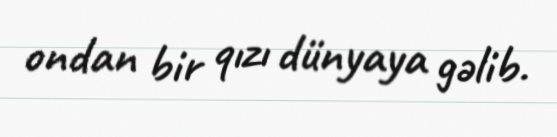
ondan bir qızı dünyaya gəlib.